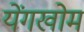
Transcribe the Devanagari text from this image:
येंगखोम